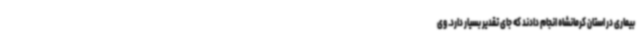
بیماری در استان کرمانشاه انجام دادند که جای تقدیر بسیار دارد. وی